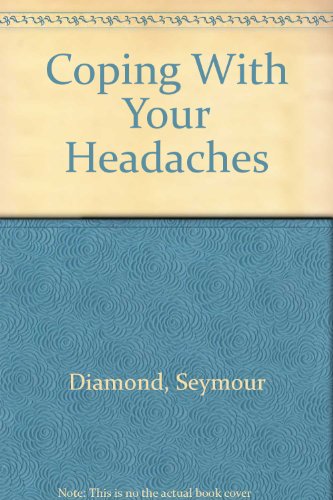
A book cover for Coping With Your Headaches; Seymour Diamond; Health, Fitness & Dieting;